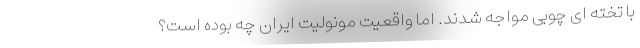
با تخته ای چوبی مواجه شدند. اما واقعیت مونولیت ایران چه بوده است؟